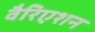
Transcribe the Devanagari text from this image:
वैरिएशन